Newspaper: Bridgeton pioneer.
Place of publication: Bridgeton, N.J.
Publisher: McCowan & Nichols
Date: 1885-08-06 00:00:00
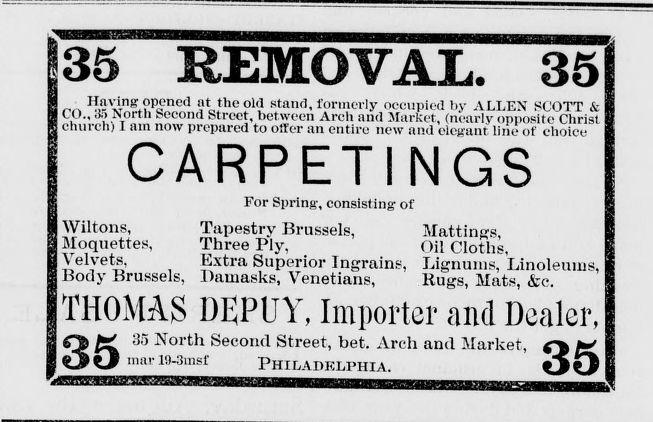
Advertisement text (OCR):
135 REMOVAL. 35 Having opened at the old stand, formerly occupied iiy ALLEN SCOTT & CO., North Second Street, between Arch and Market, (nearly opposite Christ church; I am now prepared to offer an entire new and elegant line of choice CARPETINGS For Spring, consisting of j. Wiltons, Tapestry Brussels, Mattings, Bloquettes, Three Ply, Oil Cloths, Velvets, Extra Superior Ingrains, Lignums, Linoleums, Body Brussels, Damasks, Venetians, Bugs, Mats, &e. THOMAS DI;PI Y, Importer and Dealer, Q> ££ 35 North Second Street, bet. Arch and Market, w Oil nmrl9-3insf PHILADELPHIA. OO
Label: text-only